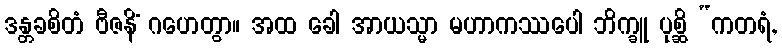
ဒန္တခစိတံ ဗီဇနိံ ဂဟေတွာ။ အထ ခေါ အာယသ္မာ မဟာကဿပေါ ဘိက္ခူ ပုစ္ဆိ “ကတရံ,